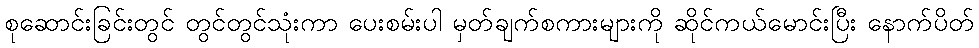
စုဆောင်းခြင်းတွင် တွင်တွင်သုံးကာ ပေးစမ်းပါ မှတ်ချက်စကားများကို ဆိုင်ကယ်မောင်းပြီး နောက်ပိတ်